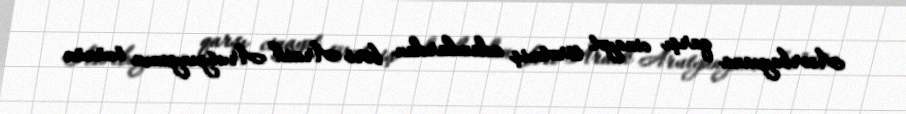
Azərbaycana qarşı cinayət törətmiş adamlardan biri Araik Arutyunyanın özünün